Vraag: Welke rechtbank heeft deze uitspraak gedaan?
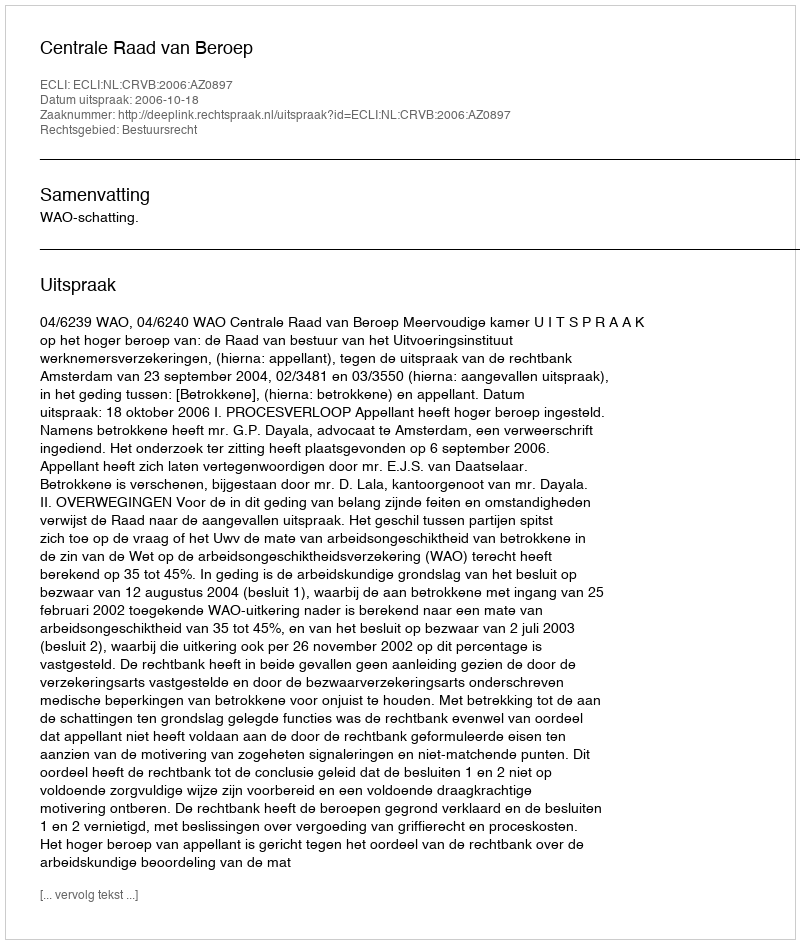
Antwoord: Centrale Raad van Beroep